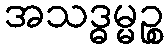
အသဒ္ဓမ္မဉ္စ